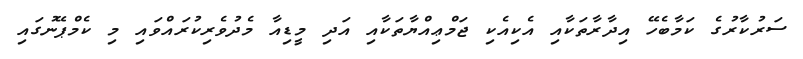
ސަރުކާރުގެ ކަމާބެހޭ އިދާރާތަކާއި އެކިއެކި ޖަމްޢިއްޔާތަކާއި އަދި މީޑިއާ މެދުވެރިކުރައްވައި މި ކެމްޕޭނުގައި